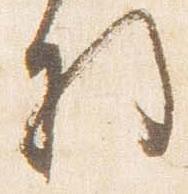
将